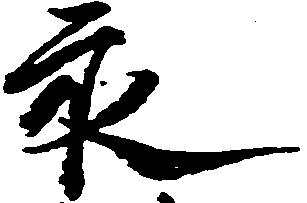
永